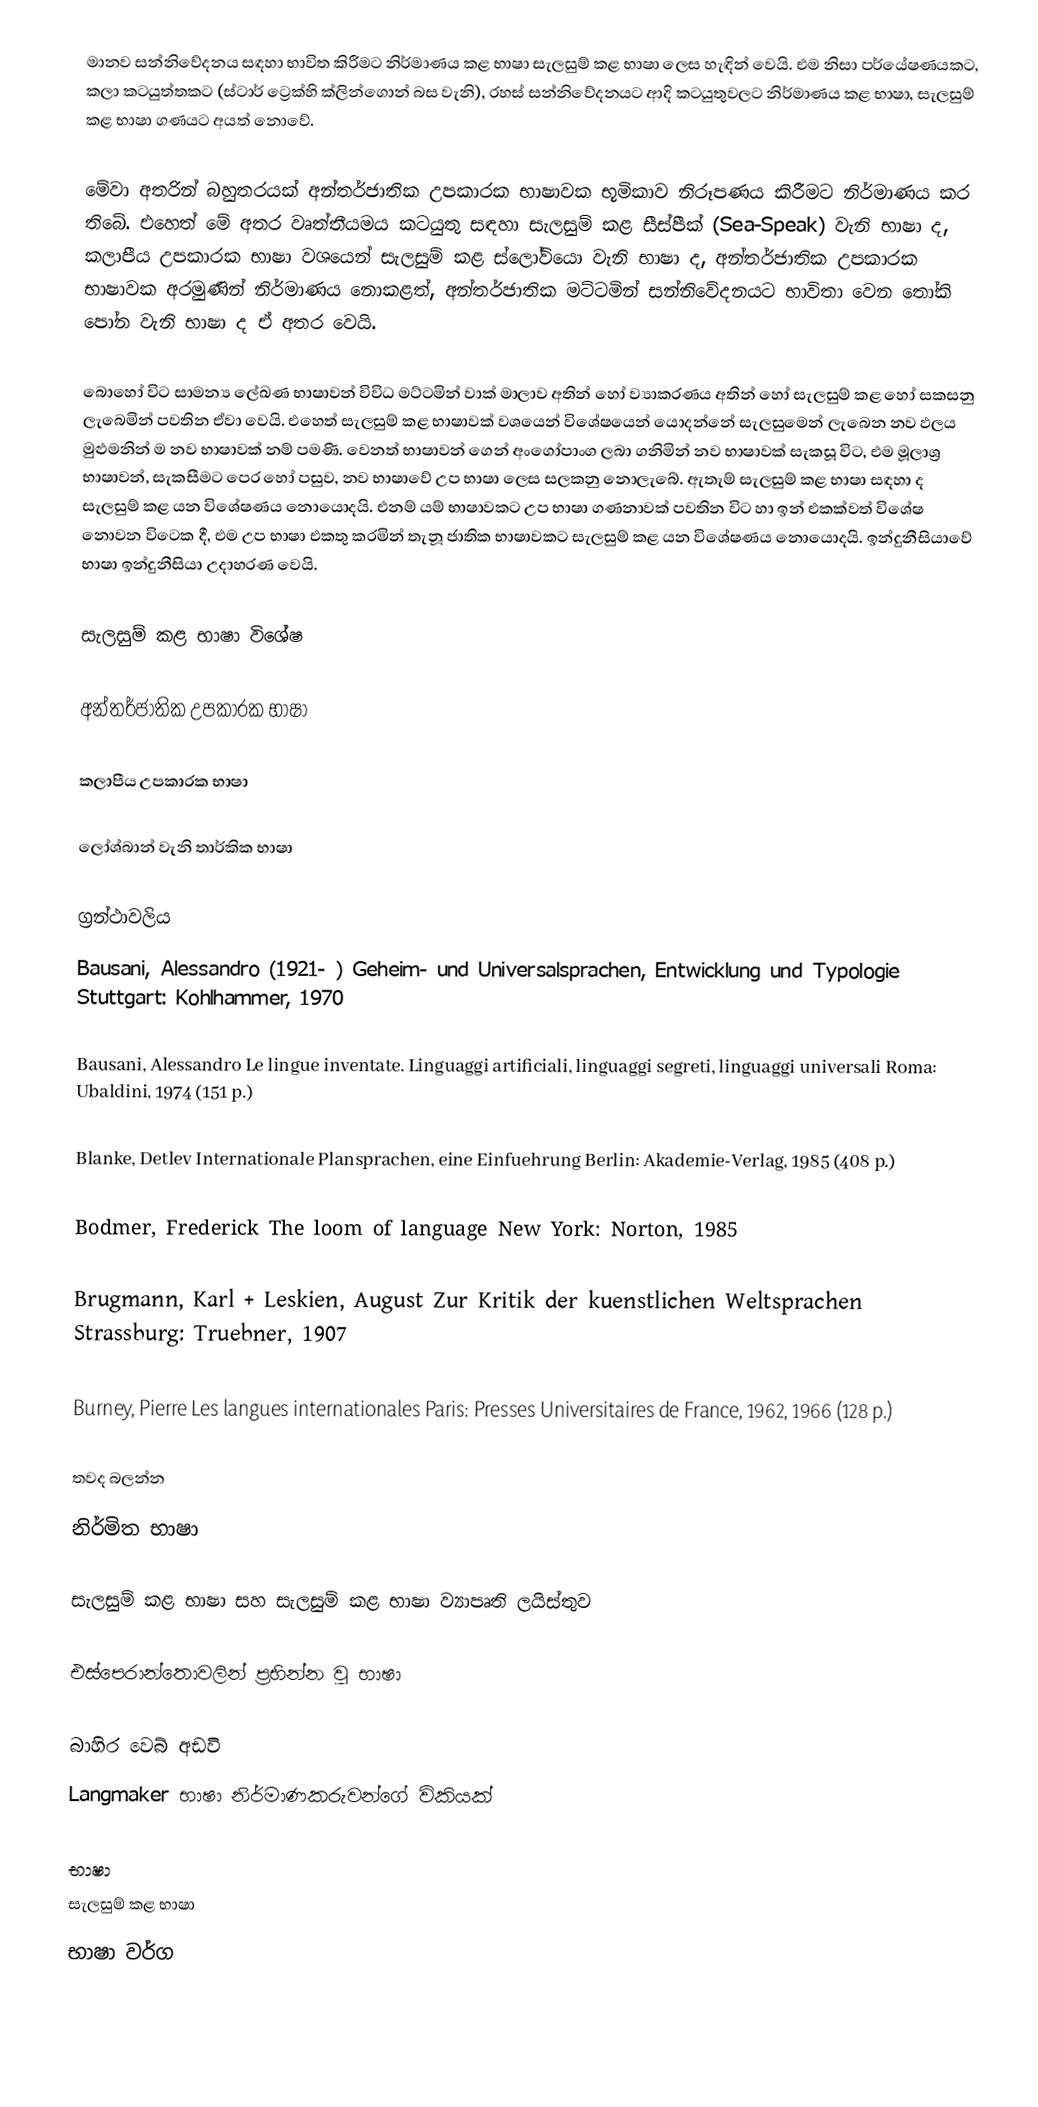
මානව සන්නිවේදනය සඳහා භාවිත කිරීමට නිර්මාණය කළ භාෂා සැලසුම් කළ භාෂා ලෙස හැඳින් වෙයි. එම නිසා පර්යේෂණයකට​, කලා කටයුත්තකට ​(ස්ටාර් ට්‍රෙක්හි ක්ලින්ගොන් බස වැනි), රහස් සන්නිවේදනයට ආදි කටයුතුවලට නිර්මාණය කළ භාෂා, සැලසුම් කළ භාෂා ගණයට අයත් නොවේ.

මේවා අතරින් බහුතරයක් අන්තර්ජාතික උපකාරක භාෂාවක භූමිකාව නිරූපණය කිරීමට නිර්මාණය කර තිබේ. එහෙත් මේ අතර වෘත්තීයමය කටයුතු සඳහා සැලසුම් කළ සීස්පීක් (Sea-Speak) වැනි භාෂා ද​, කලාපීය උපකාරක භාෂා වශයෙන් සැලසුම් කළ ස්ලෝවියො වැනි භාෂා ද​, අන්තර්ජාතික උපකාරක භාෂාවක අරමුණින් නිර්මාණය නොකළත්, අන්තර්ජාතික මට්ටමින් සන්නිවේදනයට භාවිතා වෙන තෝකි පෝන වැනි භාෂා ද ඒ අතර වෙයි.

බොහෝ විට සාමන්‍ය ලේඛණ භාෂාවන් විවිධ මට්ටමින් වාක් මාලාව අතින් හෝ ව්‍යාකරණය අතින් හෝ සැලසුම් කළ හෝ සකසනු ලැබෙමින් පවතින ඒවා වෙයි. එහෙත් සැලසුම් කළ භාෂාවක් වශයෙන් විශේෂයෙන් යොදන්නේ සැලසුමෙන් ලැබෙන නව ඵලය මුළුමනින් ම නව භාෂාවක් නම් පමණි. වෙනත් භාෂාවන් ගෙන් අංගෝපාංග ලබා ගනිමින් නව භාෂාවක් සැකසූ විට​, එම මූලාශ්‍ර භාෂාවන්, සැකසීමට පෙර හෝ පසුව, නව භාෂාවේ උප භාෂා ලෙස සලකනු නොලැබේ. ඇතැම් සැලසුම් කළ භාෂා සඳහා ද සැලසුම් කළ යන විශේෂණය නොයොදයි. එනම් යම් භාෂාවකට උප භාෂා ගණනාවක් පවතින විට හා ඉන් එකක්වත් විශේෂ නොවන විටෙක දී, එම උප භාෂා එකතු කරමින් තැනූ ජාතික භාෂාවකට සැලසුම් කළ යන විශේෂණය නොයොදයි. ඉන්දුනීසියාවේ භාෂා ඉන්දුනීසියා උදාහරණ වෙයි.

සැලසුම් කළ භාෂා විශේෂ​

 අන්තර්ජාතික උපකාරක භාෂා

 කලාපීය උපකාරක භාෂා

 ලෝශ්බාන් වැනි තාර්කික භාෂා

ග්‍රන්ථාවලිය​
 Bausani, Alessandro (1921- ) Geheim- und Universalsprachen, Entwicklung und Typologie Stuttgart: Kohlhammer, 1970

 Bausani, Alessandro Le lingue inventate. Linguaggi artificiali, linguaggi segreti, linguaggi universali Roma: Ubaldini, 1974 (151 p.)

 Blanke, Detlev Internationale Plansprachen, eine Einfuehrung Berlin: Akademie-Verlag, 1985 (408 p.)

 Bodmer, Frederick The loom of language New York: Norton, 1985

 Brugmann, Karl + Leskien, August Zur Kritik der kuenstlichen Weltsprachen Strassburg: Truebner, 1907

 Burney, Pierre Les langues internationales Paris: Presses Universitaires de France, 1962, 1966 (128 p.)

තවද බලන්න​
 නිර්මිත භාෂා

 සැලසුම් කළ භාෂා සහ සැලසුම් කළ භාෂා ව්‍යාපෘති ලයිස්තුව​

 එස්පෙරාන්තොවලින් ප්‍රභින්න වූ භාෂා

බාහිර වෙබ් අඩවි
 Langmaker භාෂා නිර්මාණකරුවන්ගේ විකියක්

භාෂා
සැලසුම් කළ භාෂා
භාෂා වර්ග

​